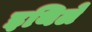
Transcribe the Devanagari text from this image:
इथिले